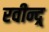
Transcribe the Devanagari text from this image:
रवीन्द्र्